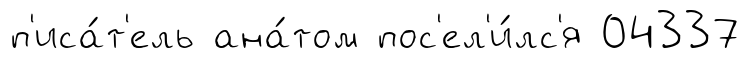
п'иса́т'ель ана́том пос'ел'и́лс'я 04337